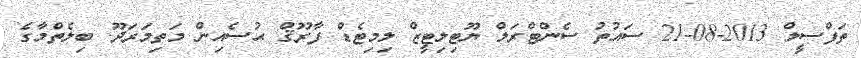
ތަފްސީލް 2013-08-21 ސައުތު ސެންޓްރަލް ޔޫޓިލިޓީޒް ލިމިޓެޑް ފާރޫޤް ޙުސެއިން މަތިމަރަދޫ. ބިލެތްމާގެ